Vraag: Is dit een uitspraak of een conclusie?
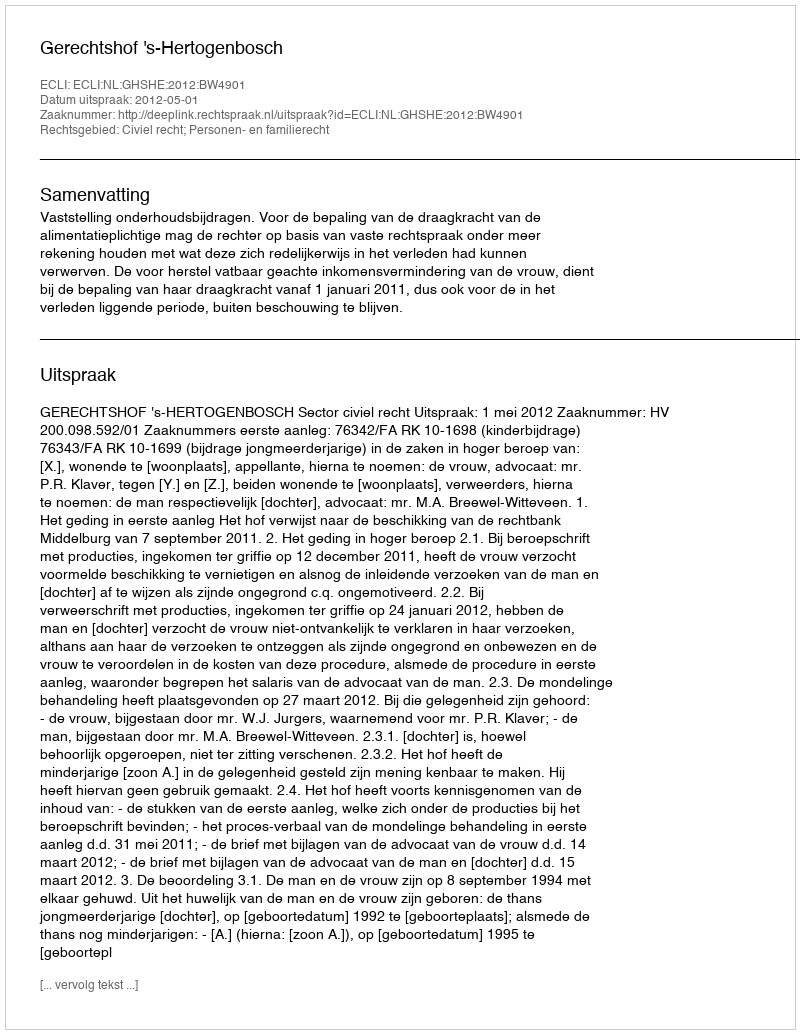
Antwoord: Uitspraak